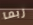
ربما